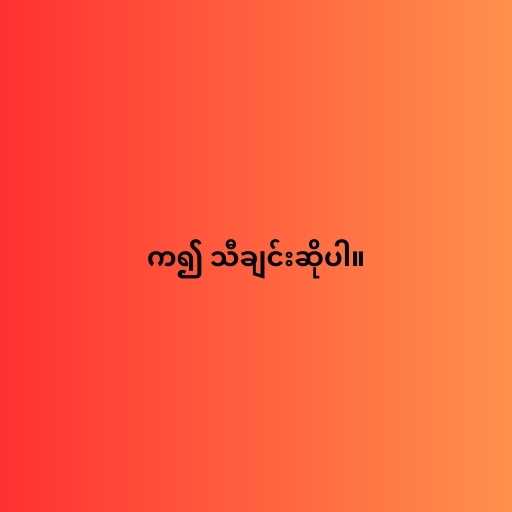
က၍ သီချင်းဆိုပါ။